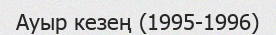
Ауыр кезең (1995-1996)